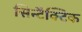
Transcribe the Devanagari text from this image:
सिन्टैक्टिक